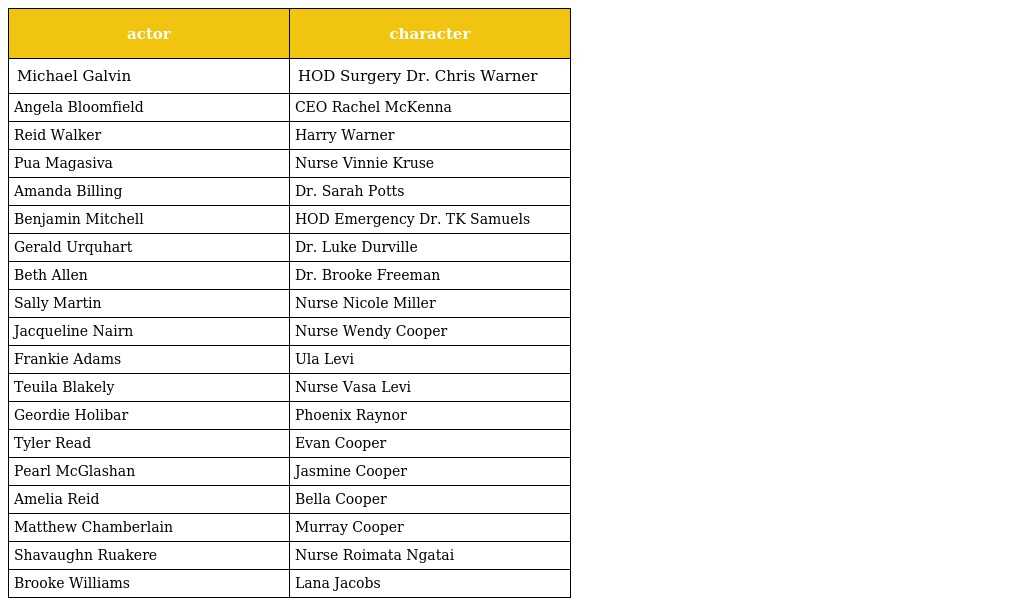
| actor | character |
 | --- | --- |
 | Michael Galvin | HOD Surgery Dr. Chris Warner |
 | Angela Bloomfield | CEO Rachel McKenna |
 | Reid Walker | Harry Warner |
 | Pua Magasiva | Nurse Vinnie Kruse |
 | Amanda Billing | Dr. Sarah Potts |
 | Benjamin Mitchell | HOD Emergency Dr. TK Samuels |
 | Gerald Urquhart | Dr. Luke Durville |
 | Beth Allen | Dr. Brooke Freeman |
 | Sally Martin | Nurse Nicole Miller |
 | Jacqueline Nairn | Nurse Wendy Cooper |
 | Frankie Adams | Ula Levi |
 | Teuila Blakely | Nurse Vasa Levi |
 | Geordie Holibar | Phoenix Raynor |
 | Tyler Read | Evan Cooper |
 | Pearl McGlashan | Jasmine Cooper |
 | Amelia Reid | Bella Cooper |
 | Matthew Chamberlain | Murray Cooper |
 | Shavaughn Ruakere | Nurse Roimata Ngatai |
 | Brooke Williams | Lana Jacobs |